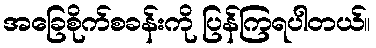
အခြေစိုက်စခန်းကို ပြန်ကြရပါတယ်။